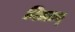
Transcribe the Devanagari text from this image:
विलान्